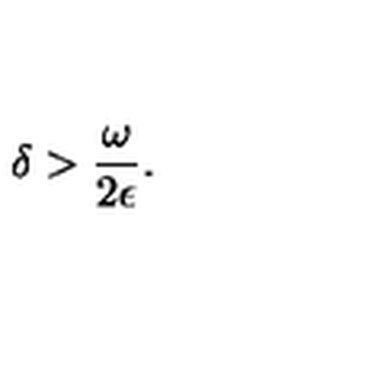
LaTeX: \delta > \frac { \omega } { 2 \epsilon } .